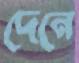
দেনে